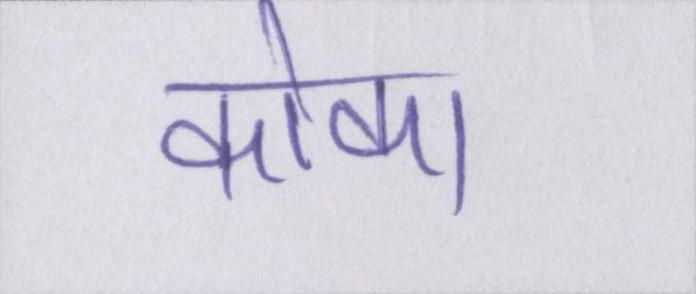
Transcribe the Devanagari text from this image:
कोका